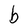
Character: b